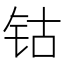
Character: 钴